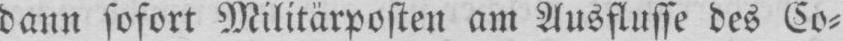
dann sofort Militärposten am Ausflusse des Co⸗